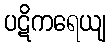
ပဋိကရေယျ